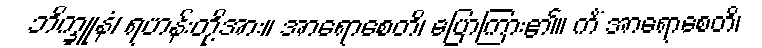
ဘိက္ခူနံ၊ ရဟန်းတို့အား။ အာရောစေတိ၊ ပြောကြား၏။ ကိံ အာရောစေတိ၊